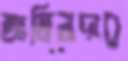
জামিনদার